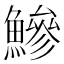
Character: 鰺